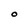
Character: O